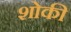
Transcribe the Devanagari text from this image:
शोकी